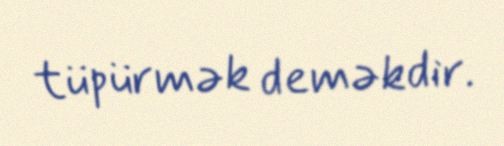
tüpürmək deməkdir.